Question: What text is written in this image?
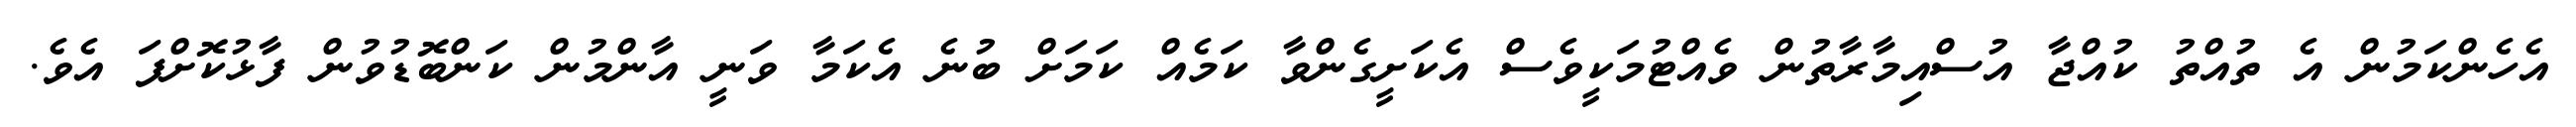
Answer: އެހެންކަމުން އެ ތުއްތު ކުއްޖާ އުސްއިމާރާތުން ވެއްޓުމަކީވެސް އެކަށީގެންވާ ކަމެއް ކަމަށް ބުނެ އެކަމާ ވަނީ އާންމުން ކަންބޮޑުވުން ފާޅުކޮށްފަ އެވެ.